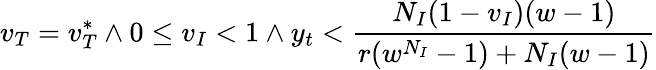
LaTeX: v_{T}=v_{T}^{*}\land 0\le v_{I}<1\land y_{t}<\frac{N_{I}(1-v_{I})(w-1)}{r(w^{N_{I}}-1)+N_{I}(w-1)}